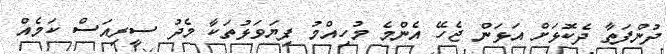
ދުންފަތާ ދެކޮޅަށް އަޅަން ޖެހޭ އެންމެ މުހިއްމު ފިޔަވަޅުތަކާ މެދު ސީރިއަސް ކަމެއް